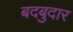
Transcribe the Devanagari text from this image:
बदबुदार